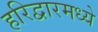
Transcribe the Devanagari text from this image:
हरिद्वारमध्ये